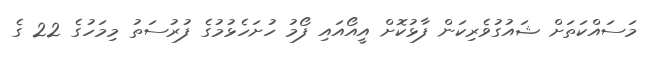
މަސައްކަތަށް ޝައުގުވެރިކަން ފާޅުކޮށް އީއޯއައި ފޯމު ހުށަހެޅުމުގެ ފުރުސަތު މިމަހުގެ 22 ގެ